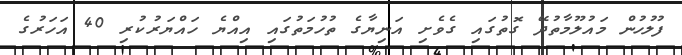
ފުލުހުން މައުލޫމާތުދޭ ގޮތުގައި ގެވެށި އަނިޔާގެ ތުހުމަތުގައި އިއްޔެ ހައްޔަރުކުރި 40 އަހަރުގެ